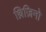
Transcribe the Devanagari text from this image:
थ्रिज़िनो